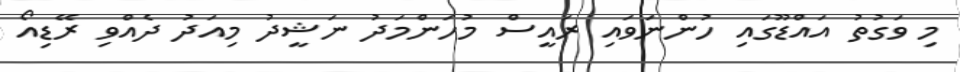
މި ވަގުތު އައްޑޫގައި ހުންނަވައި ރައީސް މުހަންމަދު ނަޝީދު މިއަދު ދެއްވި ރޭޑިއޯ